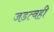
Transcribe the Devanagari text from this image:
जडत्वही